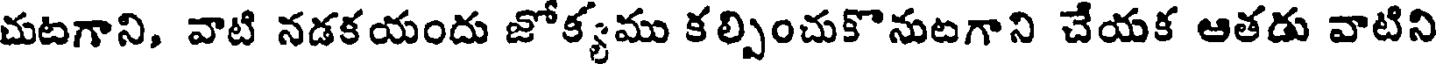
చుటగాని, వాటి నడకయందు జోక్యము కల్పించుకొనుటగాని చేయక ఆతడు వాటిని